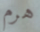
هرم